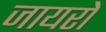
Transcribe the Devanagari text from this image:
जायरों